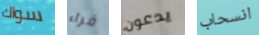
سواك فراء يدعون انسحاب